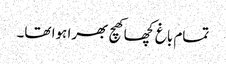
تمام باغ کچھا کھچ بھرا ہوا تھا۔